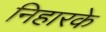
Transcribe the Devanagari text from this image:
निहारके